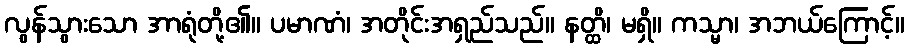
လွန်သွားသော အာရုံတို့၏။ ပမာဏံ၊ အတိုင်းအရှည်သည်။ နတ္ထိ၊ မရှိ။ ကသ္မာ၊ အဘယ်ကြောင့်။